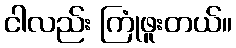
ငါလည်း ကြုံဖူးတယ်။